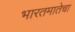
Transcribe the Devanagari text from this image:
भारतमातेचा